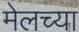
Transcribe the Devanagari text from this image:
मेलच्या